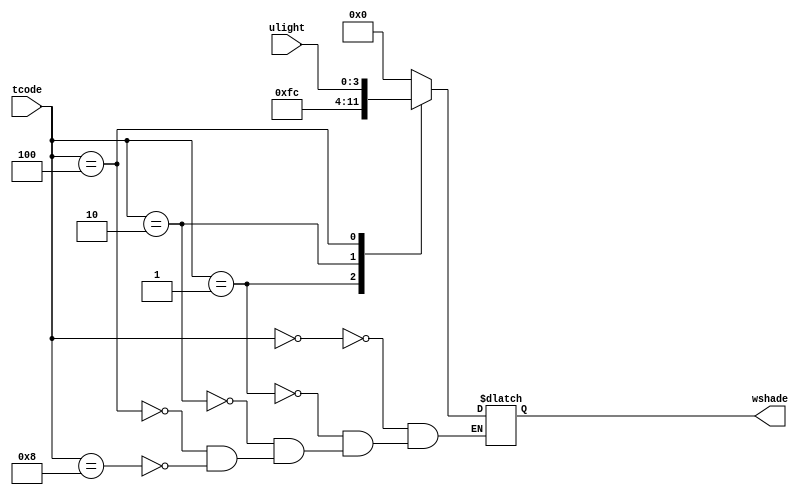
`timescale 1ns / 1ps
//////////////////////////////////////////////////////////////////////////////////
// Company: 
// Engineer: 
// 
// Design Name: 
// Module Name:    WindowShadeDegree 
// Project Name: 
// Target Devices: 
// Tool versions: 
// Description: 
//
// Dependencies: 
//
// Revision: 
// Revision 0.01 - File Created
// Additional Comments: 
//
//////////////////////////////////////////////////////////////////////////////////
module WindowShadeDegree (
	input  [3:0] tcode  , // time code    [table2 time code   ]
	input  [3:0] ulight , // user light   [light degree mode  ]
	output reg [3:0] wshade   // shade level  [window shade level ]
);

	always @ (tcode)
	begin
		case (tcode)
			4'b0000 : wshade = 4'b0000;
			4'b0001 : wshade = 4'b1111;
			4'b0010 : wshade = 4'b1100;
			4'b0100 : wshade = ulight;
			4'b1000 : wshade = 4'b0000;
		endcase
	end

endmodule